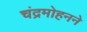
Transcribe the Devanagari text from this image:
चंद्रमोहनने